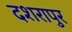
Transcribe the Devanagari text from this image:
दशरापुर